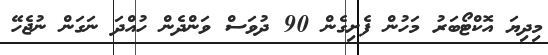
މިދިޔަ އޮކްޓޯބަރު މަހުން ފެށިގެން 90 ދުވަސް ވަންދެން ހުއްދަ ނަގަން ނުޖެހޭ